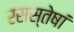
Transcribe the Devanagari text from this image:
रसस्तेषां